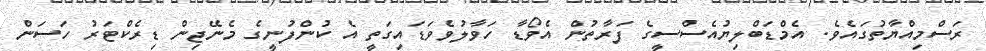
ރަސްމިއްޔާތުގައެވެ. އެމްޑަބްލިޔުއެސްސީގެ ފަރާތުން އެވޯޑާ ހަވާލުވެވަޑައިގަތީ އެ ކުންފުނީގެ މެނޭޖިން ޑިރެކްޓަރު ހަސަން